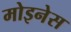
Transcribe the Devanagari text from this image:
मोइनेस